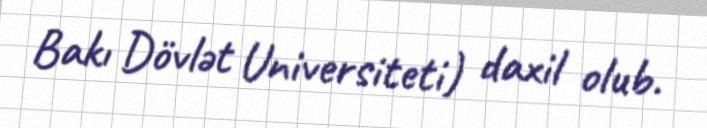
Bakı Dövlət Universiteti) daxil olub.